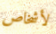
لأشخاص